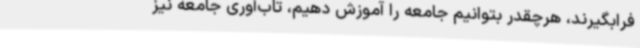
فرابگیرند، هرچقدر بتوانیم جامعه را آموزش دهیم، تاب‌آوری جامعه نیز